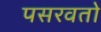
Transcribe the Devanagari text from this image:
पसरवतो